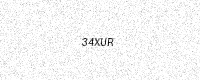
Text: 34XUR